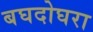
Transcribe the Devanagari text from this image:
बघदोघरा